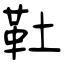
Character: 靯